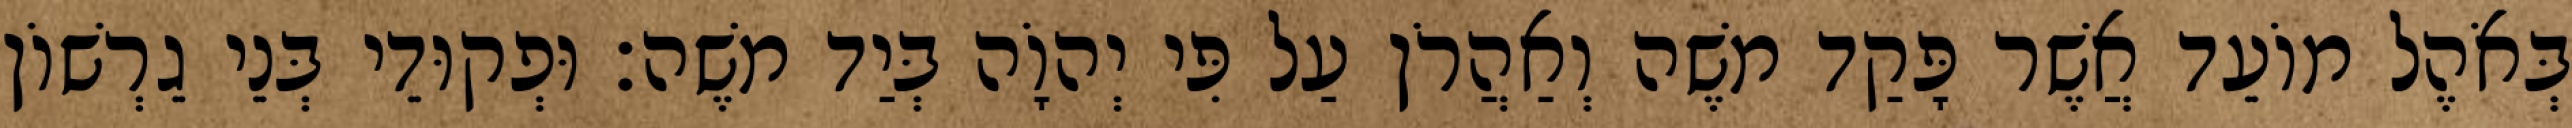
בְּאֹהֶל מוֹעֵד אֲשֶׁר פָּקַד משֶׁה וְאַהֲרֹן עַל פִּי יְהוָֹה בְּיַד משֶׁה׃ וּפְקוּדֵי בְּנֵי גֵרְשׁוֹן